Indian journal of veterinary science and animal husbandry - Volume 1,
Year: 1931
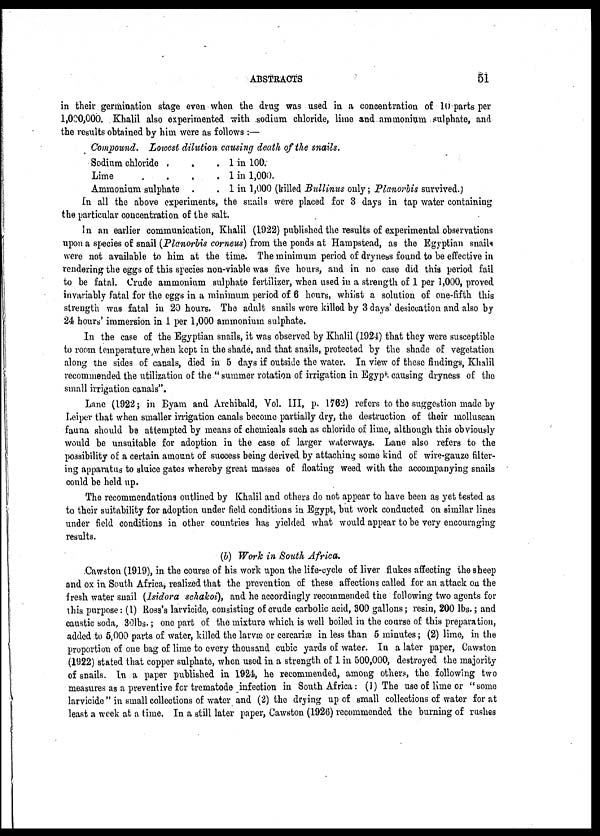
ABSTRACTS 51
in their germination stage even when the drug was used in a concentration of 10 parts per
1,000,000. Khalil also experimented with sodium chloride, lime and ammonium sulphate, and
the results obtained by him were as follows :—
Compound. Lowest dilution causing death of the snails.
Sodium chloride . .
. 1 in 100.
Lime
.
.
.
. 1 in 1,000.
Ammonium sulphate .
. 1 in 1,000 (killed Bullinus only ; Planorbis survived.)
In all the above experiments, the snails were placed for 3 days in tap water containing
the particular concentration of the salt.
In an earlier communication, Khalil (1922) published the results of experimental observations
upon a species of snail (Planorbis corneus) from the ponds at Hampstead, as the Egyptian snails
were not available to him at the time. The minimum period of dryness found to be effective in
rendering the eggs of this species non-viable was five hours, and in no case did this period fail
to be fatal. Crude ammonium sulphate fertilizer, when used in a strength of 1 per 1,000, proved
invariably fatal for the eggs in a minimum period of 6 hours, whilst a solution of one-fifth this
strength was fatal in 20 hours. The adult snails were killed by 3 days' desiccation and also by
24 hours' immersion in 1 per 1,000 ammonium sulphate.
In the case of the Egyptian snails, it was observed by Khalil (1924) that they were susceptible
to room temperature,when kept in the shade, and that snails, protected by the shade of vegetation
along the sides of canals, died in 5 days if outside the water. In view of these findings, Khalil
recommended the utilization of the " summer rotation of irrigation in Egypt causing dryness of the
small irrigation canals".
Lane (1922; in Byam and Archibald, Vol. III, p. 1762) refers to the suggestion made by
Leiper that when smaller irrigation canals become partially dry, the destruction of their molluscan
fauna should be attempted by means of chemicals such as chloride of lime, although this obviously
would be unsuitable for adoption in the case of larger waterways. Lane also refers to the
possibility of a certain amount of success being derived by attaching some kind of wire-gauze filter-
ing apparatus to sluice gates whereby great masses of floating weed with the accompanying snails
could be held up.
The recommendations outlined by Khalil and others do not appear to have been as yet tested as
to their suitability for adoption under field conditions in Egypt, but work conducted on similar lines
under field conditions in other countries has yielded what would appear to be very encouraging
results.
(b) Work in South Africa.
Cawston (1919), in the course of his work upon the life-cycle of liver flukes affecting the sheep
and ox in South Africa, realized that the prevention of these affections called for an attack on the
fresh water snail (Isidora schakoi), and he accordingly recommended the following two agents for
this purpose : (1) Ross's larvicide, consisting of crude carbolic acid, 300 gallons ; resin, 200 lbs.; and
caustic soda, 30lbs.; one part of the mixture which is well boiled in the course of this preparation,
added to 5,000 parts of water, killed the larvæ or cercariæ in less than 5 minutes; (2) lime, in the
proportion of one bag of lime to every thousand cubic yards of water. In a later paper, Cawston
(1922) stated that copper sulphate, when used in a strength of 1 in 500,000, destroyed the majority
of snails. In a paper published in 1924, he recommended, among others, the following two
measures as a preventive for trematode infection in South Africa : (1) The use of lime or "some
larvicide " in small collections of water and (2) the drying up of small collections of water for at
least a week at a time. In a still later paper, Cawston (1926) recommended the burning of rushes